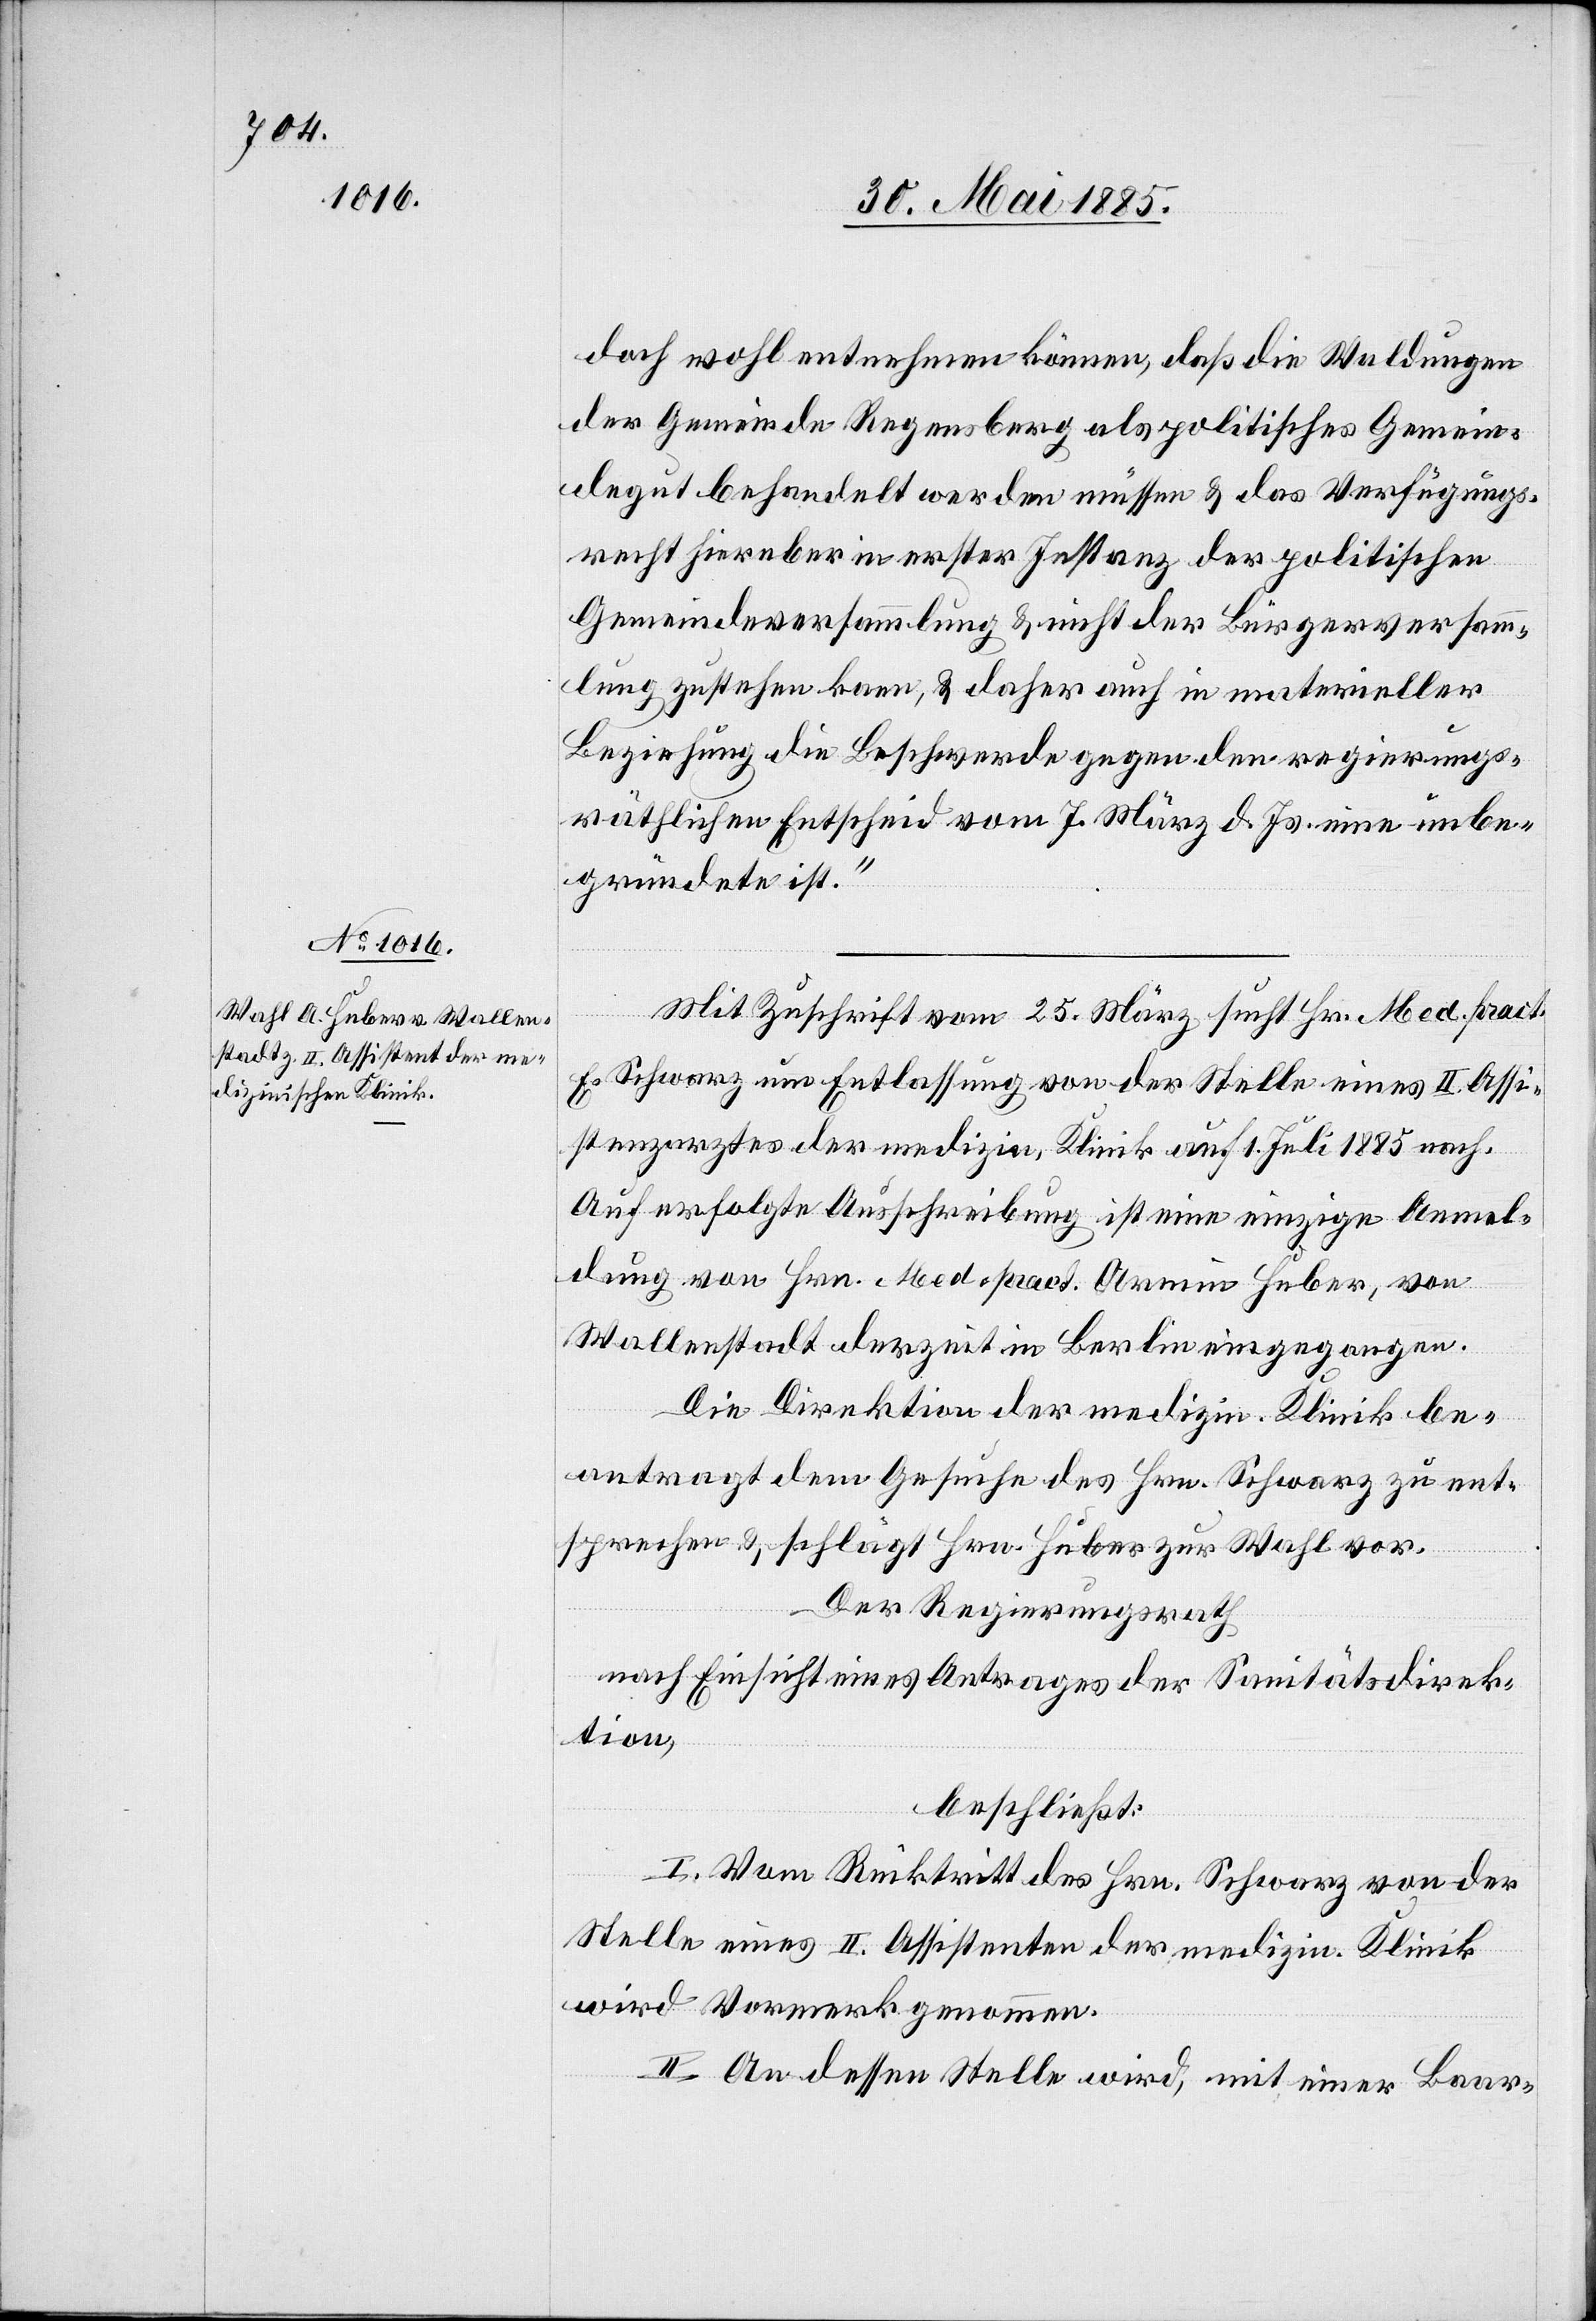
doch wohl entnehmen können, daß die Waldungen
der Gemeinde Regensberg als politisches Gemein¬
degut behandelt werden müssen & das Verfügungs¬
recht hierüber in erster Instanz der politischen
Gemeindeversammlung & nicht der Bürgerversamm¬
lung zustehen kann, & daher auch in materieller
Beziehung die Beschwerde gegen den regierungs¬
räthlichen Entscheid vom 7. März d. Js. eine unbe¬
gründete ist.“
Mit Zuschrift vom 25. März sucht Hr. Med. Pract.
E. Schwarz um Entlassung von der Stelle eines II. Assi¬
stenzarztes der medizin. Klinik auf 1. Juli 1885 nach.
Auf erfolgte Ausschreibung ist eine einzige Anmel¬
dung von Hrn. Med. Pract. Armin Huber, von
Wallenstadt derzeit in Berlin eingegangen.
Die Direktion der medizin. Klinik be¬
antragt dem Gesuche des Hrn. Schwarz zu ent¬
sprechen & schlägt Hrn. Huber zur Wahl vor.
Der Regierungsrath,
nach Einsicht eines Antrages der Sanitätsdirek¬
tion,
beschließt:
I. Vom Rücktritt des Hrn. Schwarz von der
Stelle eines II. Assistenzen der medizin. Klinik
wird Vormerk genommen.
II. An dessen Stelle wird, mit einer Baar-